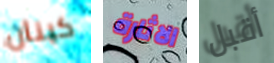
كينان الاثارة أقبل